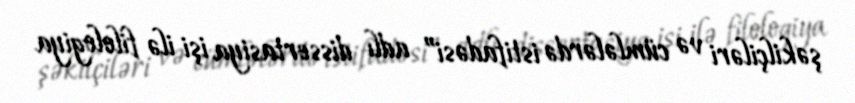
şəkilçiləri və cümlələrdə istifadəsi” adlı dissertasiya işi ilə filologiya